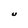
Character: U